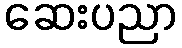
ဆေးပညာ